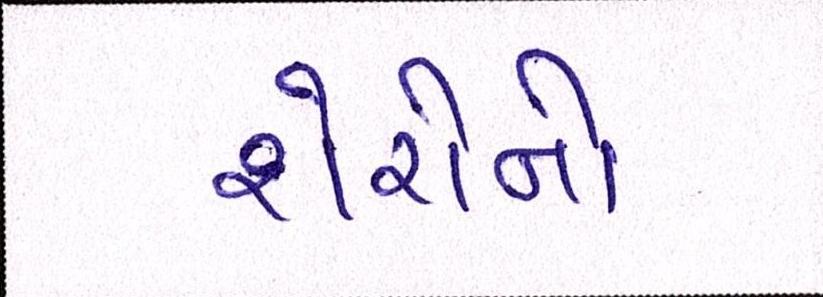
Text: શેરોનો